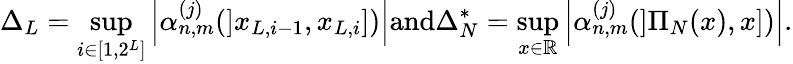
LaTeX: \Delta_{L}=\underset{i\in[1,2^{L}]}{\operatorname*{sup}}\left|\alpha_{n,m}^{(j)}(]x_{L,i-1},x_{L,i}])\right|\textrm{and}\Delta_{N}^{*}=\underset{x\in\mathbb{R}}{\operatorname*{sup}}\left|\alpha_{n,m}^{(j)}(]\Pi_{N}(x),x])\right|.